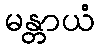
မန္တာယံ